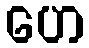
ဟေ